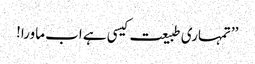
’’تمہاری طبیعت کیسی ہے اب ماورا!